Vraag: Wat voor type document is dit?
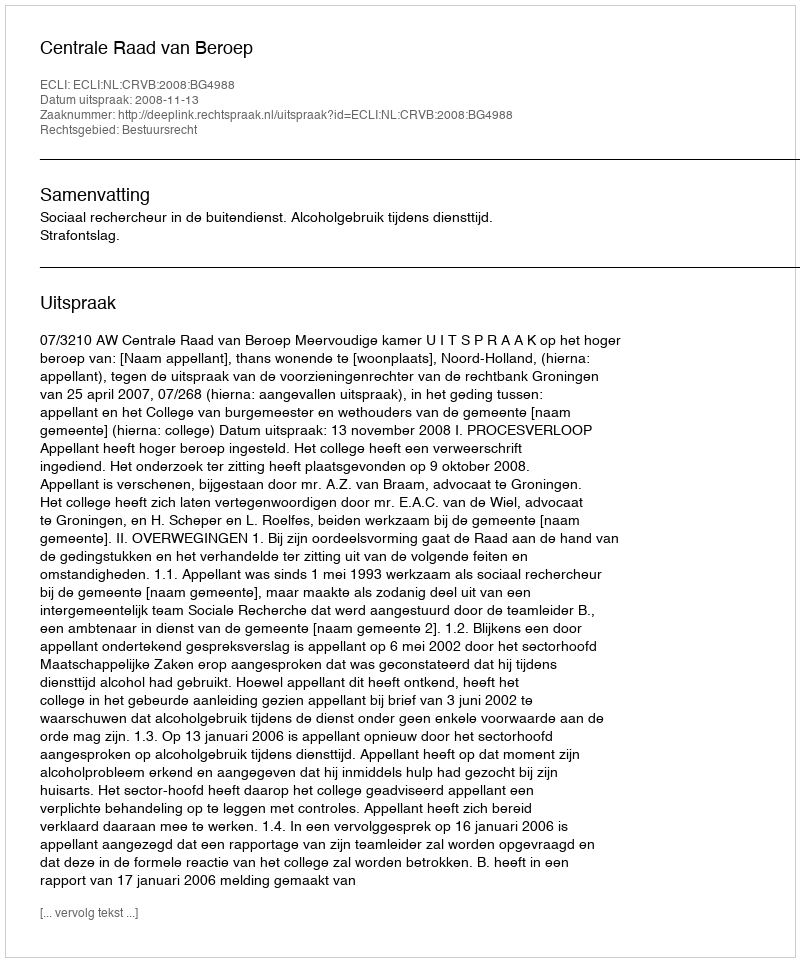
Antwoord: Uitspraak